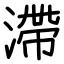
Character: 滯